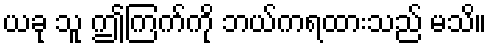
ယခု သူ ဤကြက်ကို ဘယ်ကရထားသည် မသိ။